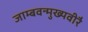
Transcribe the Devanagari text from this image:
जाम्बवन्मुख्यवीरै